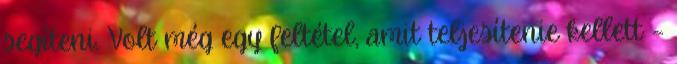
segíteni. Volt még egy feltétel, amit teljesítenie kellett –